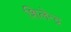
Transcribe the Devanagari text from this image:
शिलेन्द्र